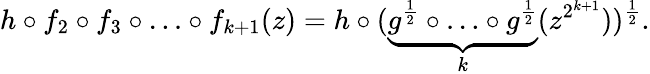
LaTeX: h\circ f_{2}\circ f_{3}\circ\ldots\circ f_{k+1}(z)=h\circ(\underbrace{g^{\frac{1}{2}}\circ\ldots\circ g^{\frac{1}{2}}}_{k}(z^{2^{k+1}}))^{\frac 12}.